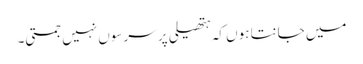
میں جانتا ہوں کہ ہتھیلی پر سرسوں نہیں جمتی۔